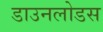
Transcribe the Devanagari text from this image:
डाउनलोडस